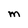
Character: M